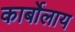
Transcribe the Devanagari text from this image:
कार्बोलाय